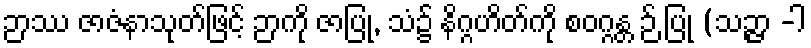
ဉာဿ ဇာဇံနာသုတ်ဖြင့် ဉာကို ဇာပြု, သံ၌ နိဂ္ဂဟိတ်ကို စဝဂ္ဂန္တ ဉ် ပြု (သဉ္ဇာ -ါ